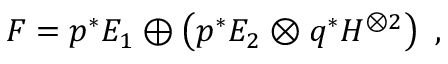
F = p ^ { * } E _ { 1 } \oplus \left( p ^ { * } E _ { 2 } \otimes q ^ { * } H ^ { \otimes 2 } \right) \ ,